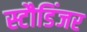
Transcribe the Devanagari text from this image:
स्टौडिंजर